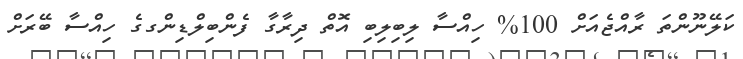
ކަލޭނޫންތަ ރާއްޖެއަށް 100% ހިއްސާ ލިބިލިބި އޮތް ދިރާގާ ފެންބިލްޑިންގގެ ހިއްސާ ބޭރަށް